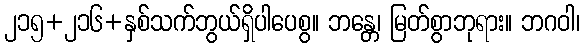
၂၁၅+၂၁၆+နှစ်သက်ဘွယ်ရှိပါပေစွ။ ဘန္တေ၊ မြတ်စွာဘုရား။ ဘဂဝါ၊